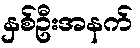
နှစ်ဦးအနက်